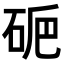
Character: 𥑽